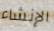
الإنشاء